Report on vaccination North-West Frontier Province 1904-1922 - 1904-1922
Year: 1904
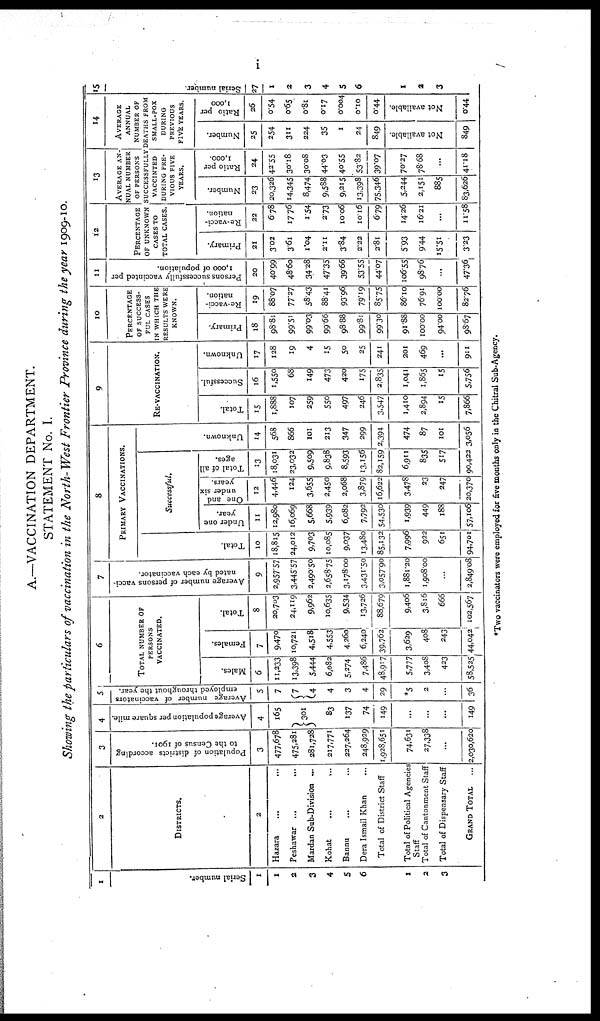
i
A.—VACCINATION DEPARTMENT.
STATEMENT No. I.
Showing the particulars of vaccination in the North-West Frontier Province during the year 1909-10.
1
Serial number.
1
I
2
3
4
5
6
1
2
3
2
DISTRICTS.
2
Hazara ... ...
Peshawar ... ...
Mardan Sub-Division ...
Kohat ... ...
Bannu ... ...
Dera Ismail Khan ...
Total of District Staff
Total of Political Agencies
Staff
Total of Cantonment Staff
Total of Dispensary Staff
GRAND TOTAL
3
Population of districts according
to the Census of 1901.
3
477,678
475,281
281,728
217,771
227,264
248,929
1,928,651
74,631
27,338
...
2,030,620
4
Average population per square mile.
4
165
301
83
137
74
149
...
...
...
149
5
Average number of vaccinators
employed throughout the year.
5
7
7
4
4
3
4
29
*5
2
...
36
6
TOTAL NUMBER OF
PERSONS
VACCINATED.
Males.
6
11,233
13,398
5,444
6,082
5,274
7,486
48,917
5,777
3,408
423
58,525
Females.
7
9,470
10,721
4,518
4,553
4,260
6,240
39,762
3,629
408
243
44,042
Total.
8
20,703
24,119
9,962
10,635
9,534
13,726
88,679
9,406
3,816
666
102,567
7
Average number of persons vacci-
nated by each vaccinator.
9
2,957.57
3,445.57
2,490.50
2,658.75
3,178.00
3,431.50
3,057.90
1,881.20
1,908.00
...
2,849.08
8
PRIMARY VACCINATIONS.
Total.
10
18,815
24,012
9,703
10,085
9,037
13,480
85,132
7,996
922
651
94,701
Successful.
Under one
year.
11
12,980
16,069
5,668
5,939
6,082
7,792
54,530
1,939
449
188
57,106
One and
under six
years.
12
4,446
124
3,655
2,450
2,068
3,879
16,622
3,478
23
247
20,370
Total of all
ages.
13
18,031
23,032
9,509
9,838
8,593
13,156
82,159
6,911
835
517
90,422
Unknown.
14
568
866
101
213
347
299
2,394
474
87
101
3,056
9
RE-VACCINATION.
Total.
15
1,888
107
259
550
497
246
3,547
1,410
2,894
15
7,866
Successful.
16
1,550
68
149
473
420
175
2,835
1,041
1,865
15
5,756
Unknown.
17
128
19
4
15
50
25
241
201
469
...
911
10
PERCENTAGE
OF SUCCESS-
FUL CASES
IN WHICH THE
RESULTS WERE
KNOWN.
Primary.
18
98.81
99.51
99.03
99.66
98.88
99.81
99.30
91.88
100.00
94.00
98.67
Re-vacci¬
nation.
19
88.07
77.27
58.43
88.41
93.96
79.19
85.75
86.10
76.91
100.00
82.76
11
Persons successfully vaccinted per
1,000 of population.
20
40.99
48.60
34.28
47.35
39.66
53.55
44.07
106.55
98.76
...
47.36
12
PERCENTAGE
OF UNKNOWN
CASES TO
TOTAL CASES.
Primary.
21
3.02
3.61
1.04
2.11
3.84
2.22
2.81
5.93
9.44
15.51
3.23
Re-vacci-
nation.
22
6.78
17.76
1.54
2.73
10.06
10.16
6.79
14.26
16.21
...
11.58
13
AVERAGE AN-
NUAL NUMBER
OF PERSONS
SUCCESSFULLY
VACCINTED
DURING PRE-
VIOUS FIVE
YEARS.
Number.
23
20,326
14,345
8,474
9,588
9,215
13,398
75,346
5,244
2,151
885
83,626
Ratio per
1,000.
24
42.55
30.18
30.08
44.03
40.55
53.82
39.07
70.27
78.68
...
41.18
14
AVERAGE
ANNUAL
NUMBER OF
DEATHS FROM
SMALL-POX
DURING
PREVIOUS
FIVE YEARS.
Number.
25
254
311
224
35
1
24
849
Not available.
849
Ratio per
1,000
26
0.54
0.65
0.81
0.17
0.004
0.10
0.44
Not available.
0.44
15
Serial number.
27
1
2
3
4
5
6
1
2
3
*Two vaccinators were employed for five months only in the Chitral Sub-Agency.